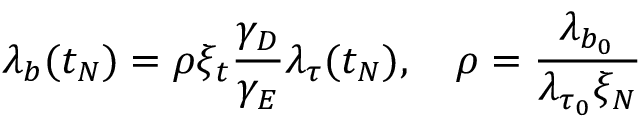
\lambda _ { b } ( t _ { N } ) = \rho \xi _ { t } \frac { \gamma _ { D } } { \gamma _ { E } } \lambda _ { \tau } ( t _ { N } ) , ~ ~ ~ \rho = \frac { \lambda _ { b _ { 0 } } } { \lambda _ { \tau _ { 0 } } \xi _ { N } }